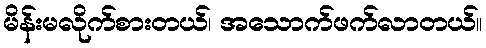
မိန်းမလိုက်စားတယ်၊ အသောက်ဖက်လာတယ်။